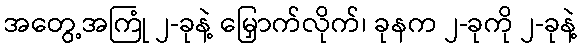
အတွေ့အကြုံ ၂-ခုနဲ့ မြှောက်လိုက်၊ ခုနက ၂-ခုကို ၂-ခုနဲ့